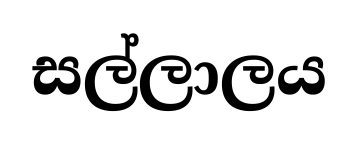
සල්ලාලය